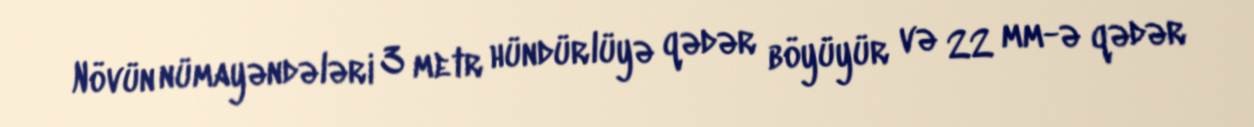
Növün nümayəndələri 3 metr hündürlüyə qədər böyüyür və 22 mm-ə qədər